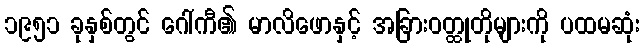
၁၉၅၁ ခုနှစ်တွင် ဂေါ်ကီ၏ မာလိဖောနှင့် အခြားဝတ္ထုတိုများကို ပထမဆုံး